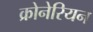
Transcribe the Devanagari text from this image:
क्रोनेरियन